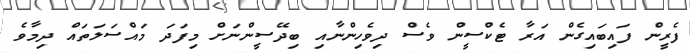
ފެރީން ފައިބައިގެން އަރާ ޓެކްސީން ވެސް ދިވެހިންނާއި ބިދޭސީންނަށް މިފަދަ މައްސަލަތައް ދިމާވެ